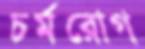
চর্মরোগ